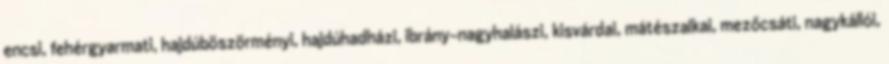
encsi, fehérgyarmati, hajdúböszörményi, hajdúhadházi, ibrány-nagyhalászi, kisvárdai, mátészalkai, mezőcsáti, nagykállói,